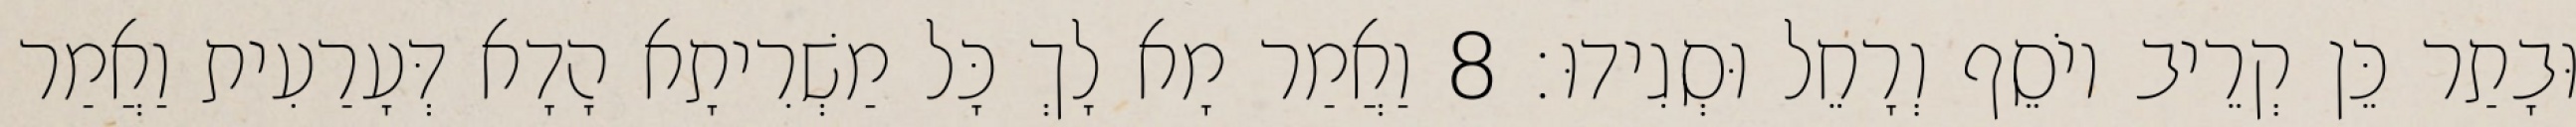
וּבָתַר כֵּן קְרֵיב יוֹסֵף וְרָחֵל וּסְגִידוּ׃ 8 וַאֲמַר מָא לָךְ כָּל מַשְׁרִיתָא הָדָא דְּעָרַעִית וַאֲמַר